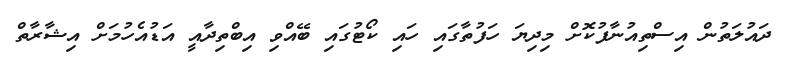
ދައުލަތުން އިސްތިއުނާފުކޮށް މިދިޔަ ހަފުތާގައި ހައި ކޯޓުގައި ބޭއްވި އިބްތިދާއީ އަޑުއެހުމަށް އިޝާރާތް